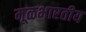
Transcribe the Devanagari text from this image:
मूळभारतीय